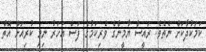
ކަމަކުދާކަށް ނެތެވެ. ރައީސް ޔާމީންގެ ވެރިކަމުގެ ފަސް އަހަރު ނިމި ކުރިއަށް އޮތް